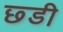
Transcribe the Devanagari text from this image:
छ्डी